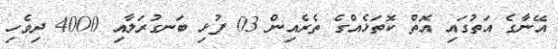
އޭނާގެ އަތުގައި އޮތް ކޮތަޅެއްގެ ތެރެއިން 03 ފުޅި ބަނގުރަލާއި 4000 ދިވެހި